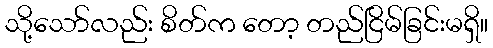
သို့သော်လည်း စိတ်က တော့ တည်ငြိမ်ခြင်းမရှိ။